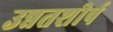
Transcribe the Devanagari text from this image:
उन्नतशीर्ष